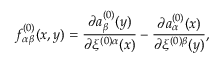
f _ { \alpha \beta } ^ { ( 0 ) } ( x , y ) = \frac { \partial a _ { \beta } ^ { ( 0 ) } ( y ) } { \partial \xi ^ { ( 0 ) \alpha } ( x ) } - \frac { \partial a _ { \alpha } ^ { ( 0 ) } ( x ) } { \partial \xi ^ { ( 0 ) \beta } ( y ) } ,